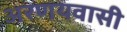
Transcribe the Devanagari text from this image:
अरणयवासी